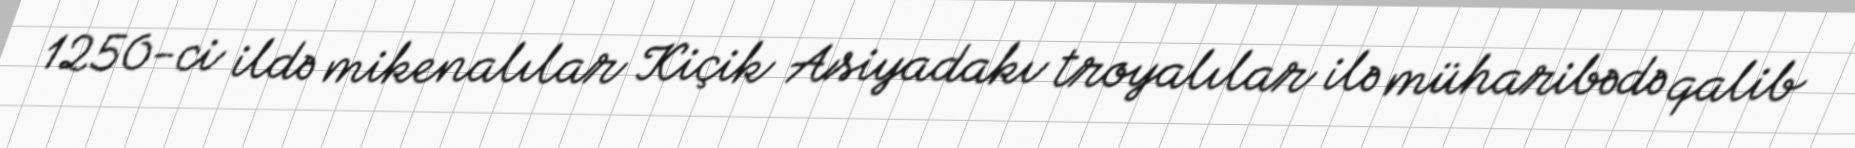
1250-ci ildə mikenalılar Kiçik Asiyadakı troyalılar ilə müharibədə qalib